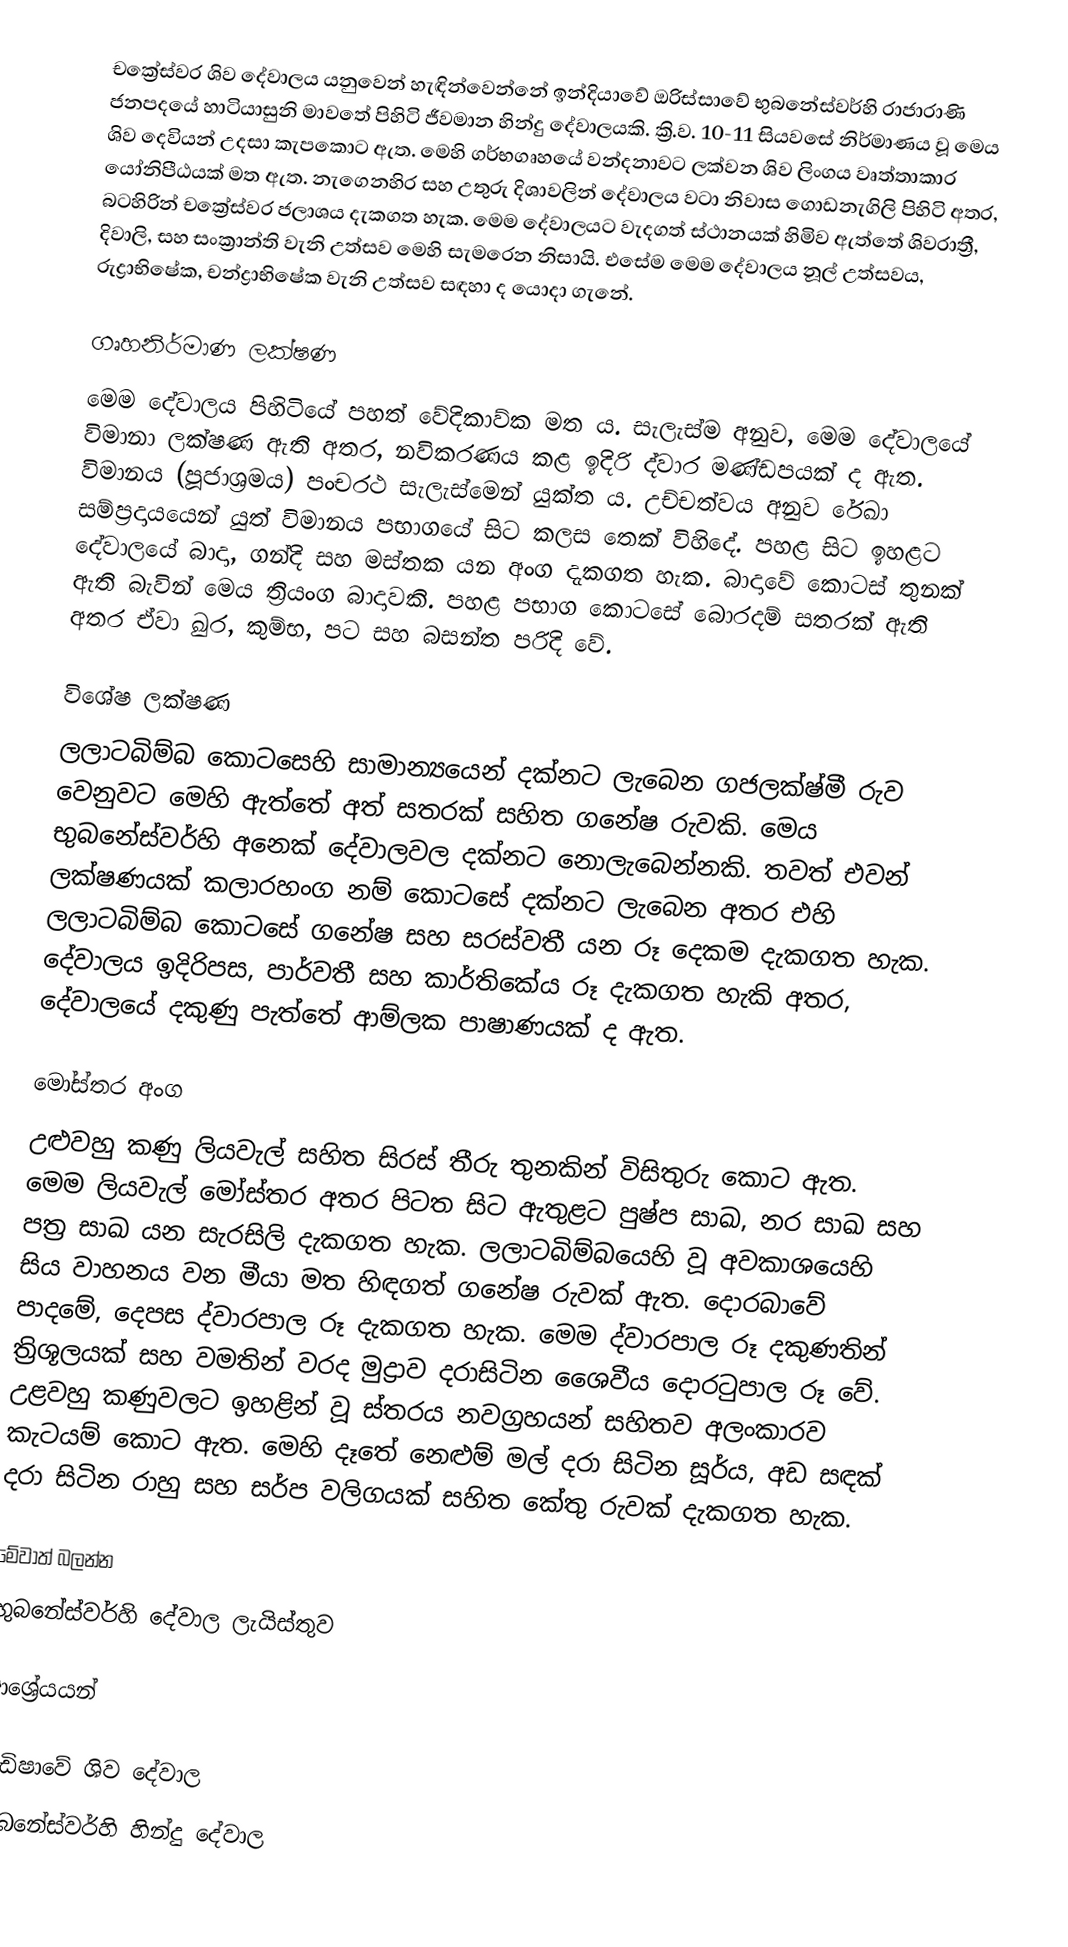
චක්‍රේස්වර ශිව දේවාලය යනුවෙන් හැඳින්වෙන්නේ ඉන්දියාවේ ඔරිස්සාවේ භුබනේස්වර්හි රාජාරාණි ජනපදයේ හාටියාසුනි මාවතේ පිහිටි ජීවමාන හින්දු දේවාලයකි. ක්‍රි.ව. 10-11 සියවසේ නිර්මාණය වූ මෙය ශිව දෙවියන් උදසා කැපකොට ඇත. මෙහි ගර්භගෘහයේ වන්දනාවට ලක්වන ශිව ලිංගය වෘත්තාකාර යෝනිපීඨයක් මත ඇත. නැගෙනහිර සහ උතුරු දිශාවලින් දේවාලය වටා නිවාස ගොඩනැගිලි පිහිටි අතර, බටහිරින් චක්‍රේස්වර ජලාශය දැකගත හැක. මෙම දේවාලයට වැදගත් ස්ථානයක් හිමිව ඇත්තේ ශිවරාත්‍රී, දිවාලි, සහ සංක්‍රාන්ති වැනි උත්සව මෙහි සැමරෙන නිසායි. එසේම මෙම දේවාලය නූල් උත්සවය, රුද්‍රාභිෂේක, චන්ද්‍රාභිෂේක වැනි උත්සව සඳහා ද යොදා ගැනේ.

ගෘහනිර්මාණ ලක්ෂණ
මෙම දේවාලය පිහිටියේ පහත් වේදිකාව්ක මත ය. සැලැස්ම අනුව, මෙම දේවාලයේ විමානා ලක්ෂණ ඇති අතර, නවිකරණය කළ ඉදිරි ද්වාර මණ්ඩපයක් ද ඇත. විමානය (පූජාශ්‍රමය) පංචරථ සැලැස්මෙන් යුක්ත ය. උච්චත්වය අනුව රේඛා සම්ප්‍රදායයෙන් යුත් විමානය පභාගයේ සිට කලස තෙක් විහිදේ. පහළ සිට ඉහළට දේවාලයේ බාදා, ගන්දි සහ මස්තක යන අංග දැකගත හැක. බාදාවේ කොටස් තුනක් ඇති බැවින් මෙය ත්‍රියංග බාදාවකි. පහළ පභාග කොටසේ බොරදම් සතරක් ඇති අතර ඒවා ඛුර, කුම්භ, පට සහ බසන්ත පරිදි වේ.

විශේෂ ලක්ෂණ
ලලාටබිම්බ කොටසෙහි සාමාන්‍යයෙන් දක්නට ලැබෙන ගජලක්ෂ්මී රුව වෙනුවට මෙහි ඇත්තේ අත් සතරක් සහිත ගනේෂ රුවකි. මෙය භුබනේස්වර්හි අනෙක් දේවාලවල දක්නට නොලැබෙන්නකි. තවත් එවන් ලක්ෂණයක් කලාරහංග නම් කොටසේ දක්නට ලැබෙන අතර එහි ලලාටබිම්බ කොටසේ ගනේෂ සහ සරස්වතී යන රූ දෙකම දැකගත හැක. දේවාලය ඉදිරිපස, පාර්වතී සහ කාර්තිකේය රූ දැකගත හැකි අතර, දේවාලයේ දකුණු පැත්තේ ආම්ලක පාෂාණයක් ද ඇත.

මෝස්තර අංග
උළුවහු කණු ලියවැල් සහිත සිරස් තීරු තුනකින් විසිතුරු කොට ඇත. මෙම ලියවැල් මෝස්තර අතර පිටත සිට ඇතුළට පුෂ්ප සාඛ, නර සාඛ සහ පත්‍ර සාඛ යන සැරසිලි දැකගත හැක. ලලාටබිම්බයෙහි වූ අවකාශයෙහි සිය වාහනය වන මීයා මත හිඳගත් ගනේෂ රුවක් ඇත. දොරබාවේ පාදමේ, දෙපස ද්වාරපාල රූ දැකගත හැක. මෙම ද්වාරපාල රූ දකුණතින් ත්‍රිශූලයක් සහ වමතින් වරද මුද්‍රාව දරාසිටින ශෛවීය දොරටුපාල රූ වේ. උළවහු කණුවලට ඉහළින් වූ ස්තරය නවග්‍රහයන් සහිතව අලංකාරව කැටයම් කොට ඇත. මෙහි දෑතේ නෙළුම් මල් දරා සිටින  සූර්ය, අඩ සඳක් දරා සිටින රාහු සහ සර්ප වලිගයක් සහිත කේතු රුවක් දැකගත හැක.

මේවාත් බලන්න
 භුබනේස්වර්හි දේවාල ලැයිස්තුව

ආශ්‍රේයයන්

ඔඩිෂාවේ ශිව දේවාල
භුබනේස්වර්හි හින්දු දේවාල